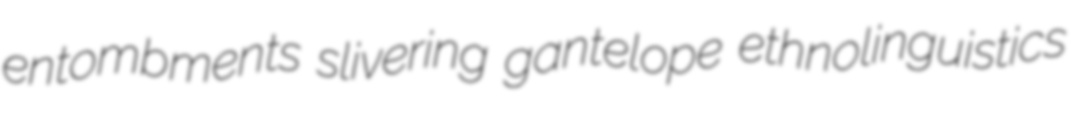
entombments slivering gantelope ethnolinguistics